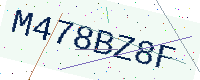
Text: M478BZ8F